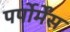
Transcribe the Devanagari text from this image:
पर्पोर्मेंस